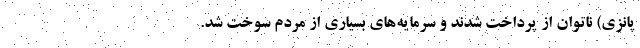
پانزی) ناتوان از پرداخت شدند و سرمایه‌های بسیاری از مردم سوخت شد.